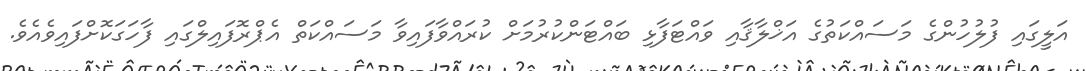
އަލީގައި ފުލުހުންގެ މަސައްކަތުގެ އަޚްލާޤާއި ވައްޓަފާޅި ބައްޓަންކުރުމަށް ކުރައްވާފައިވާ މަސައްކަތް އެޕްރޮފައިލްގައި ފާހަގަކޮށްފައިވެއެވެ.